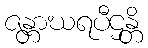
ဇန္တာဃရပီဌန္တိ